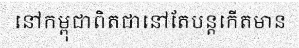
នៅកម្ពុជាពិតជានៅតែបន្តកើតមាន